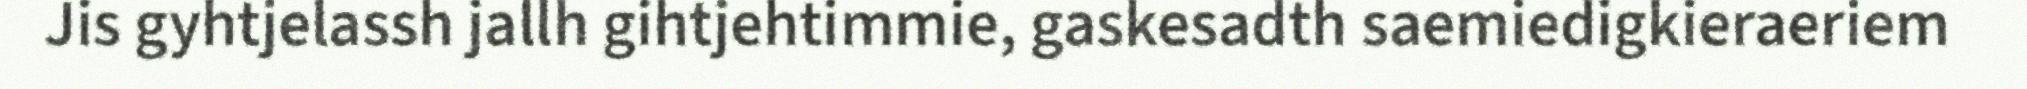
Jis gyhtjelassh jallh gihtjehtimmie, gaskesadth saemiedigkieraeriem